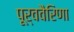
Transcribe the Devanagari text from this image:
पूर्ववैरिणा